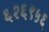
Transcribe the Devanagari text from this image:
६२६९५६